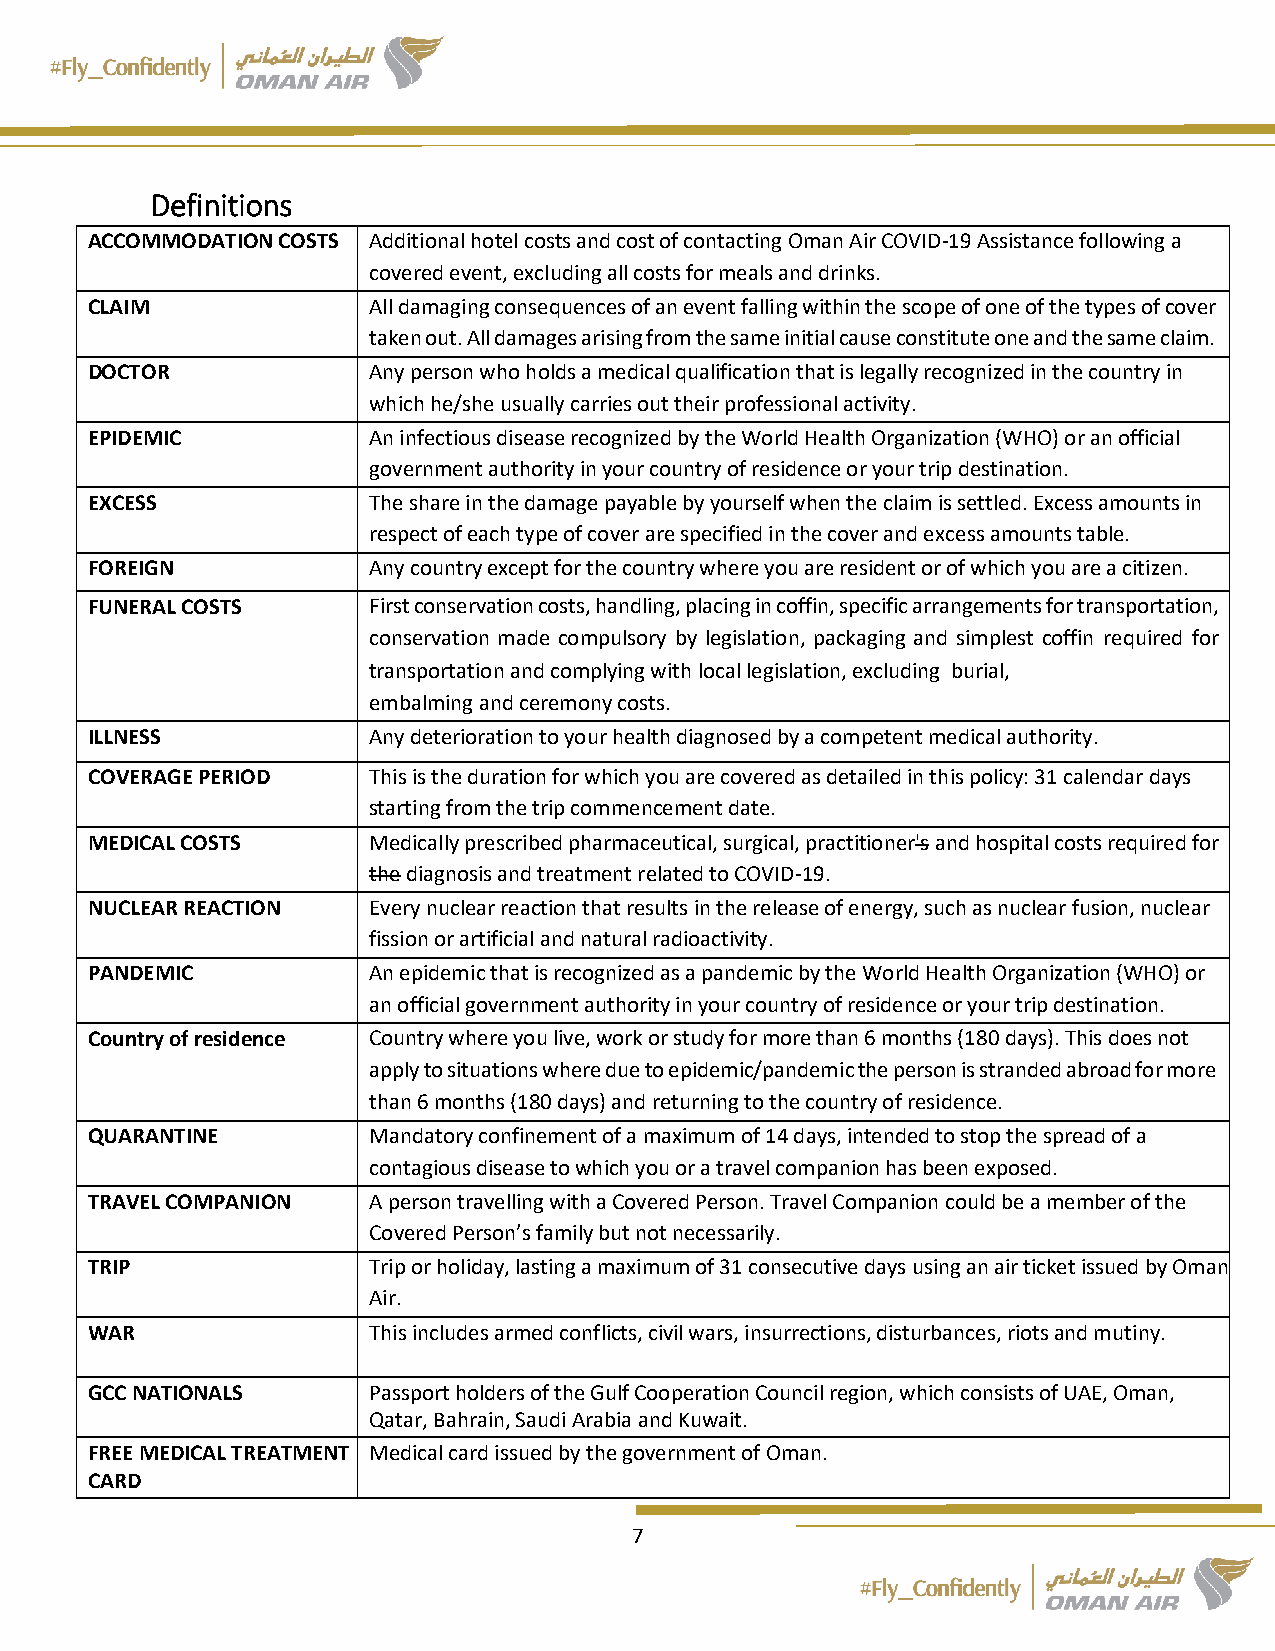
Definitions
 ACCOMMODATION COSTS Additional hotel costs and cost of contacting Oman Air COVID-19 Assistance following a
 covered event, excluding all costs for meals and drinks.
 CLAIM             All damaging consequences of an event falling within the scope of one of the types of cover
 taken out. All damages arising from the same initial cause constitute one and the same claim.
 DOCTOR            Any person who holds a medical qualification that is legally recognized in the country in
 which he/she usually carries out their professional activity.
 EPIDEMIC          An infectious disease recognized by the World Health Organization (WHO) or an official
 government authority in your country of residence or your trip destination.
 EXCESS            The share in the damage payable by yourself when the claim is settled. Excess amounts in
 respect of each type of cover are specified in the cover and excess amounts table.
 FOREIGN           Any country except for the country where you are resident or of which you are a citizen.
 FUNERAL COSTS     First conservation costs, handling, placing in coffin, specific arrangements for transportation,
 conservation made compulsory by legislation, packaging and simplest coffin required for
 transportation and complying with local legislation, excluding burial,
 embalming and ceremony costs.
 ILLNESS           Any deterioration to your health diagnosed by a competent medical authority.
 COVERAGE PERIOD   This is the duration for which you are covered as detailed in this policy: 31 calendar days
 starting from the trip commencement date.
 MEDICAL COSTS     Medically prescribed pharmaceutical, surgical, practitioner's and hospital costs required for
 the diagnosis and treatment related to COVID-19.
 NUCLEAR REACTION  Every nuclear reaction that results in the release of energy, such as nuclear fusion, nuclear
 fission or artificial and natural radioactivity.
 PANDEMIC          An epidemic that is recognized as a pandemic by the World Health Organization (WHO) or
 an official government authority in your country of residence or your trip destination.
 Country of residence Country where you live, work or study for more than 6 months (180 days). This does not
 apply to situations where due to epidemic/pandemic the person is stranded abroad for more
 than 6 months (180 days) and returning to the country of residence.
 QUARANTINE        Mandatory confinement of a maximum of 14 days, intended to stop the spread of a
 contagious disease to which you or a travel companion has been exposed.
 TRAVEL COMPANION  A person travelling with a Covered Person. Travel Companion could be a member of the
 Covered Person’s family but not necessarily.
 TRIP              Trip or holiday, lasting a maximum of 31 consecutive days using an air ticket issued by Oman
 Air.
 WAR               This includes armed conflicts, civil wars, insurrections, disturbances, riots and mutiny.
 GCC NATIONALS     Passport holders of the Gulf Cooperation Council region, which consists of UAE, Oman,
 Qatar, Bahrain, Saudi Arabia and Kuwait.
 FREE MEDICAL TREATMENT Medical card issued by the government of Oman.
 CARD
 7